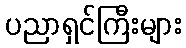
ပညာရှင်ကြီးများ